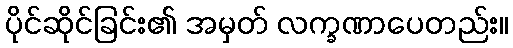
ပိုင်ဆိုင်ခြင်း၏ အမှတ် လက္ခဏာပေတည်း။